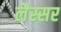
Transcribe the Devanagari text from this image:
लैस्सर